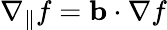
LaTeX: \nabla_{\parallel}f=\mathbf{b}\cdot\nabla f